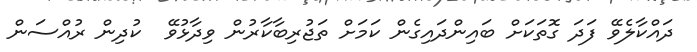
ދައްކާލެވޭ ފަދަ ގޮތަކަށް ބައިންދައިގެން ކަމަށް ތަޖުރިބާކާރުން ވިދާޅުވޭ  ކުދިން ރުއްސަން